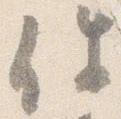
件